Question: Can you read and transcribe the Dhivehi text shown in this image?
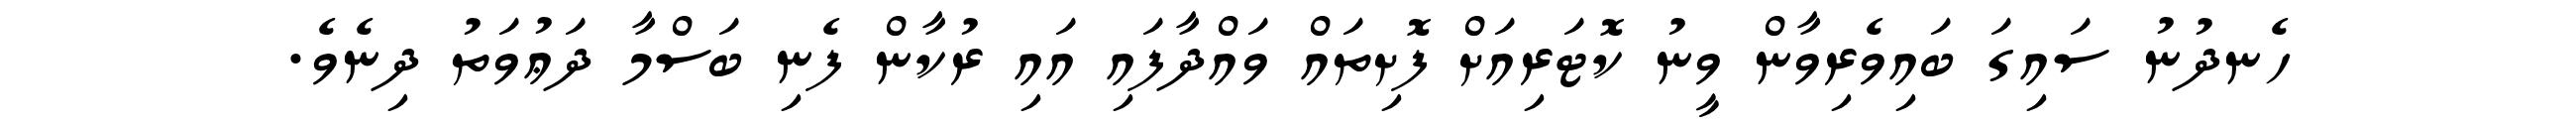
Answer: ހެނދުނު ސައިގަ ބައިވެރިވާން ވީނު ކޮޓަރިއަށް ފޮށިތައް ވައްދާފައި އައި ރުކާން ފެނި ބަސްމާ ދަޢުވަތު ދިނެވެ.